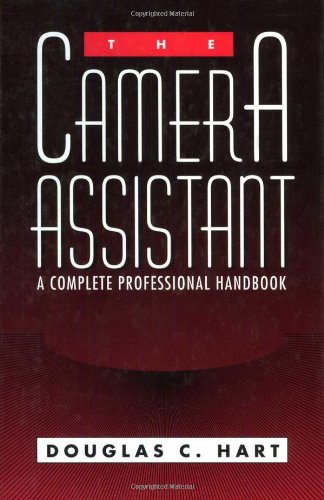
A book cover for The Camera Assistant: A Complete Professional Handbook; Douglas C.  Hart; Humor & Entertainment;